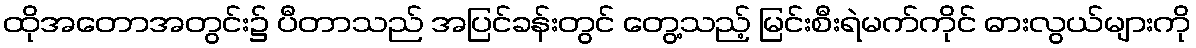
ထိုအတောအတွင်း၌ ပီတာသည် အပြင်ခန်းတွင် တွေ့သည့် မြင်းစီးရဲမက်ကိုင် ဓားလွယ်များကို